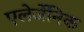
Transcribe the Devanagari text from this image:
एलेर्जेनिक